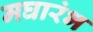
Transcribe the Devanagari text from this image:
मघारंभ